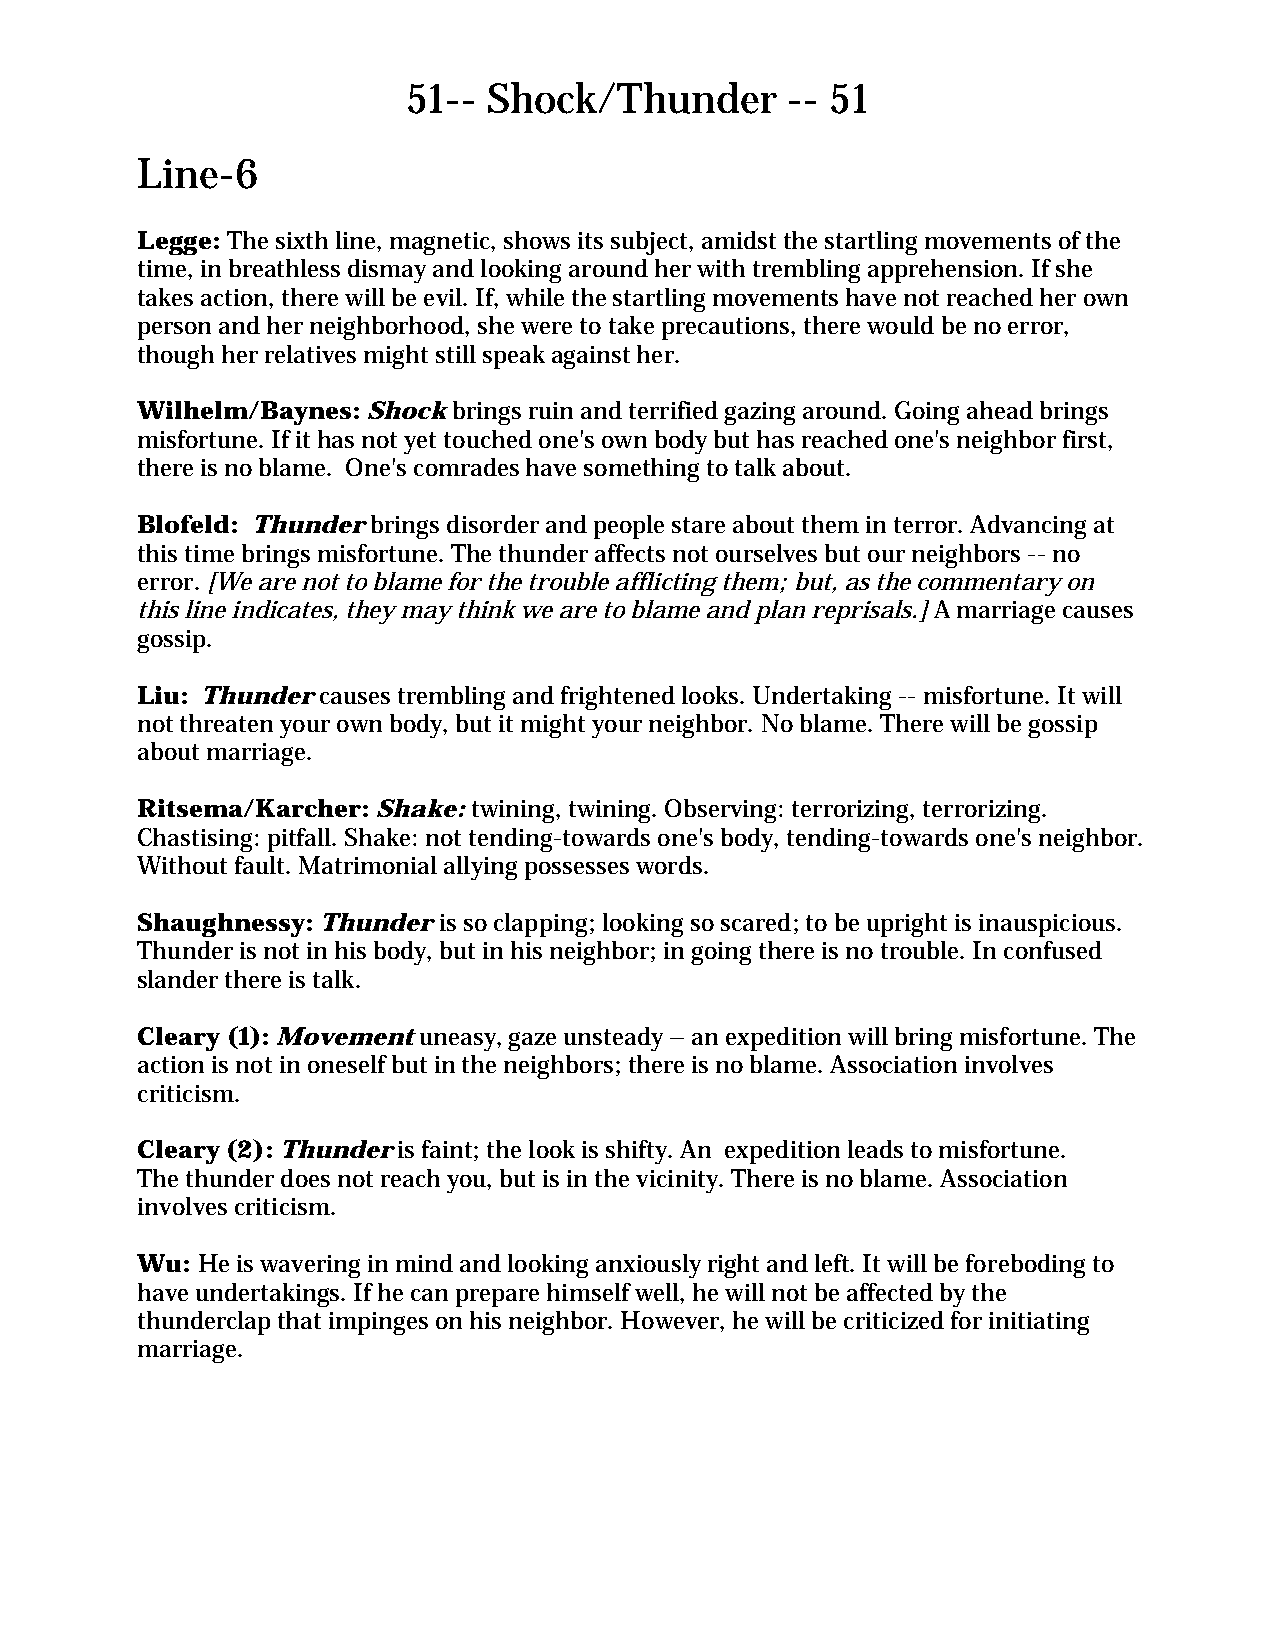
51-- Shock/Thunder       -- 51
 Line-6
 Legge: The sixth line, magnetic, shows its subject, amidst the startling movements of the
 time, in breathless dismay and looking around her with trembling apprehension. If she
 takes action, there will be evil. If, while the startling movements have not reached her own
 person and her neighborhood, she were to take precautions, there would be no error,
 though her relatives might still speak against her.
 Wilhelm/Baynes: Shock brings ruin and terrified gazing around. Going ahead brings
 misfortune. If it has not yet touched one's own body but has reached one's neighbor first,
 there is no blame. One's comrades have something to talk about.
 Blofeld: Thunder brings disorder and people stare about them in terror. Advancing at
 this time brings misfortune. The thunder affects not ourselves but our neighbors -- no
 error. [We are not to blame for the trouble afflicting them; but, as the commentary on
 this line indicates, they may think we are to blame and plan reprisals.] A marriage causes
 gossip.
 Liu: Thunder causes trembling and frightened looks. Undertaking -- misfortune. It will
 not threaten your own body, but it might your neighbor. No blame. There will be gossip
 about marriage.
 Ritsema/Karcher: Shake: twining, twining. Observing: terrorizing, terrorizing.
 Chastising: pitfall. Shake: not tending-towards one's body, tending-towards one's neighbor.
 Without fault. Matrimonial allying possesses words.
 Shaughnessy: Thunder is so clapping; looking so scared; to be upright is inauspicious.
 Thunder is not in his body, but in his neighbor; in going there is no trouble. In confused
 slander there is talk.
 Cleary (1): Movement uneasy, gaze unsteady – an expedition will bring misfortune. The
 action is not in oneself but in the neighbors; there is no blame. Association involves
 criticism.
 Cleary (2): Thunder is faint; the look is shifty. An expedition leads to misfortune.
 The thunder does not reach you, but is in the vicinity. There is no blame. Association
 involves criticism.
 Wu: He is wavering in mind and looking anxiously right and left. It will be foreboding to
 have undertakings. If he can prepare himself well, he will not be affected by the
 thunderclap that impinges on his neighbor. However, he will be criticized for initiating
 marriage.